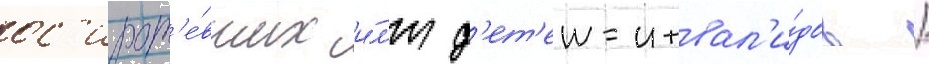
ос'ирот'е́вших и́л'и д'ет'еи-инвал'и́дов /